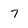
Character: 7